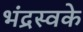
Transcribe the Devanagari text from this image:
भंद्रस्वके